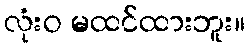
လုံးဝ မထင်ထားဘူး။